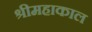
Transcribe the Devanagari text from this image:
श्रीमहाकाल